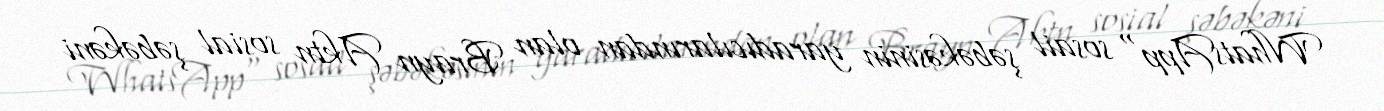
WhatsApp" sosail şəbəkəsinin yaradıcılarından olan Brayn Aktn sosial şəbəkəni